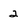
Character: 2